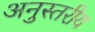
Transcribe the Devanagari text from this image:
अनुस्तरीय